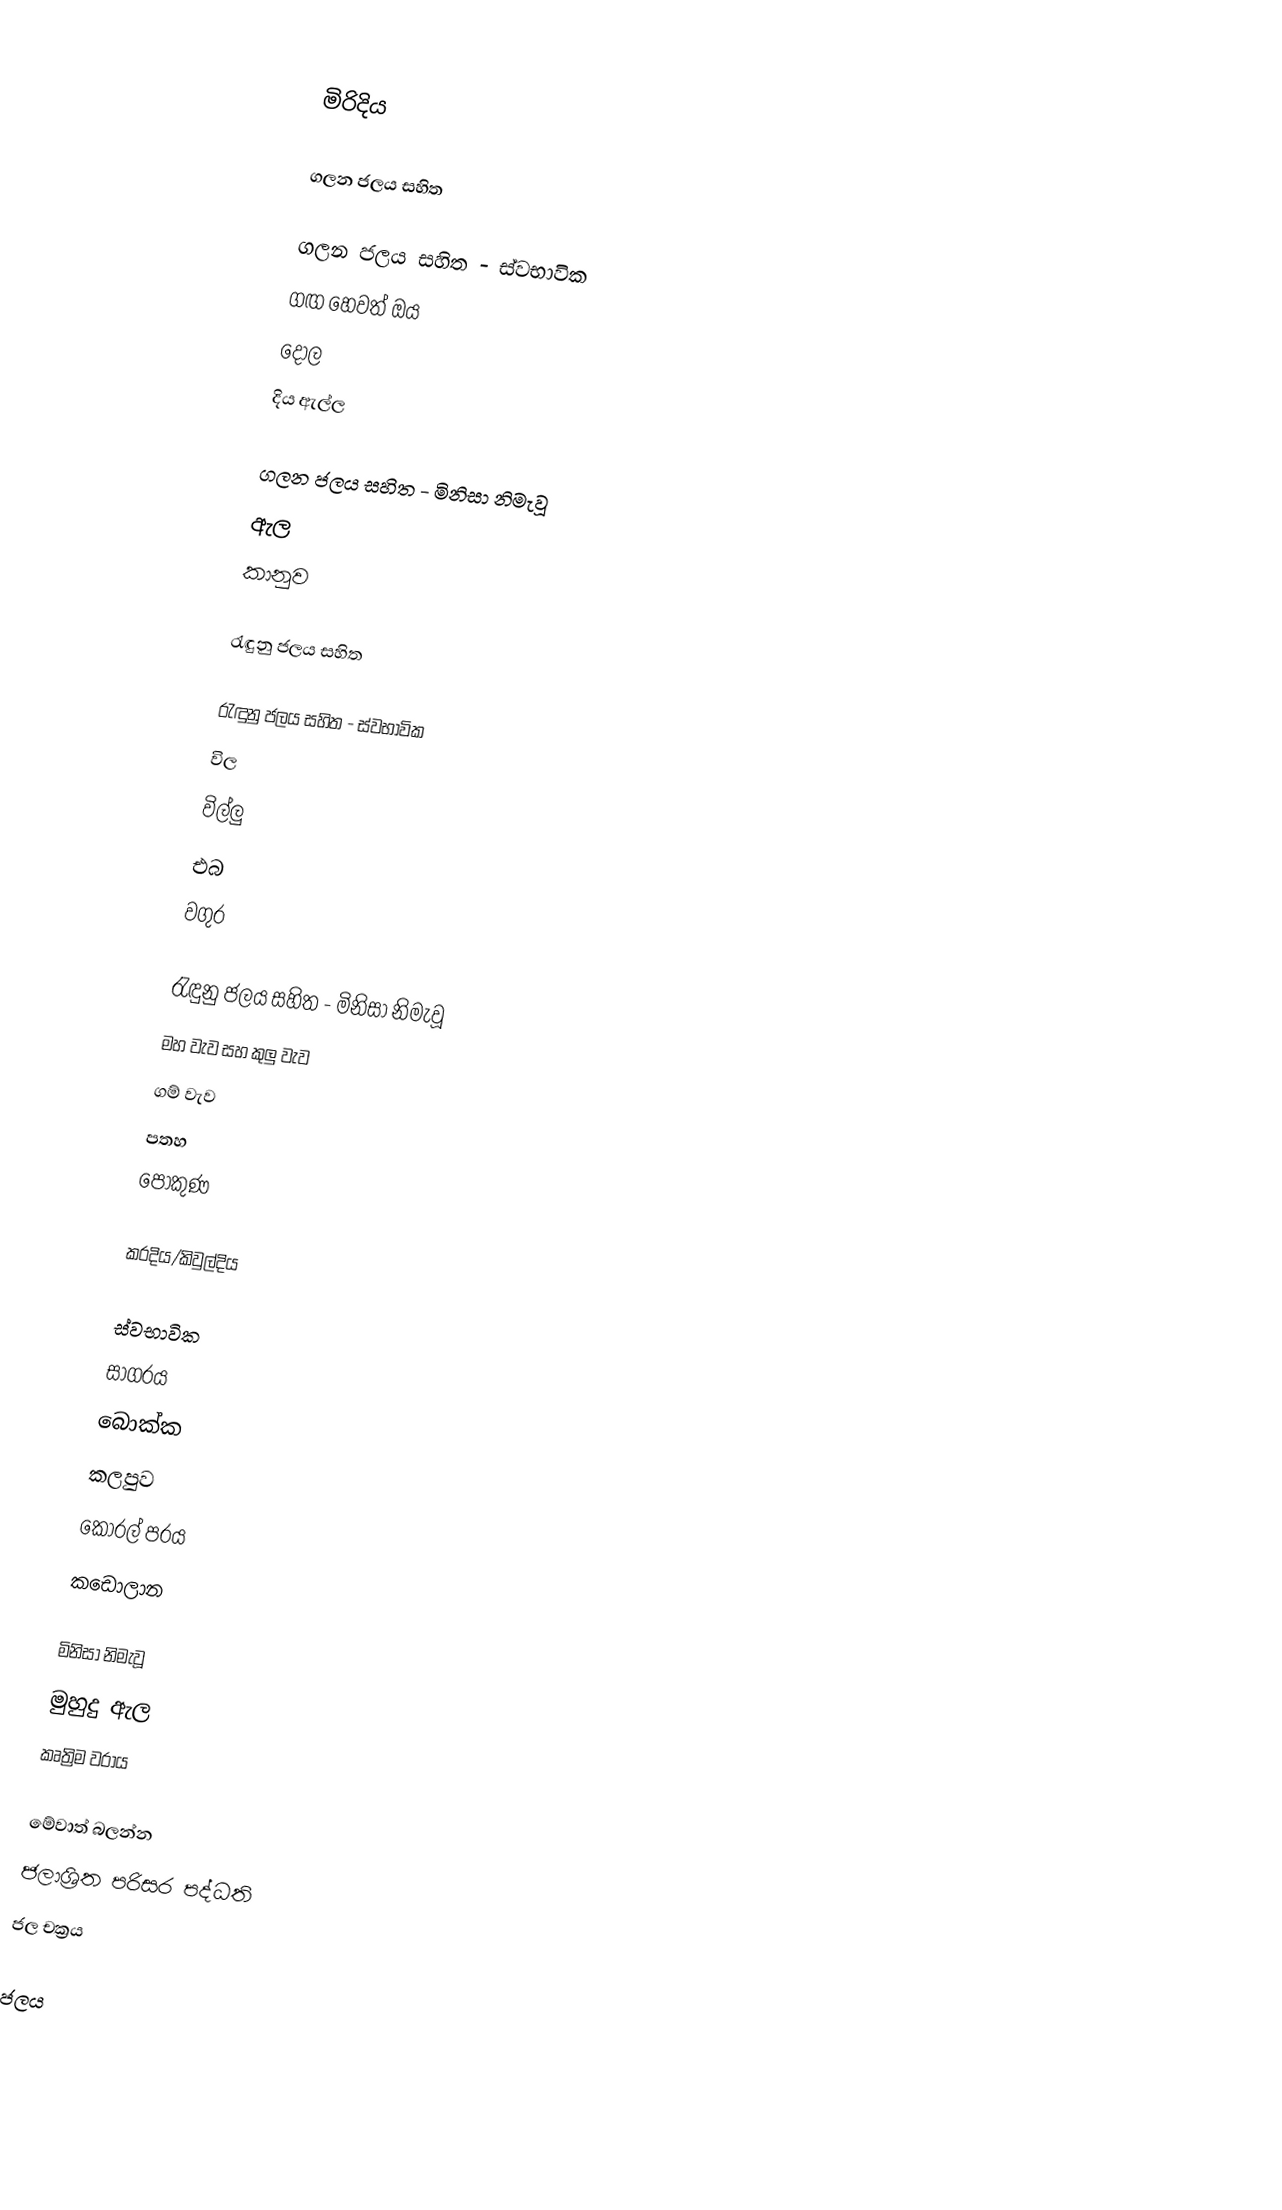

මිරිදිය

ගලන ජලය සහිත

ගලන ජලය සහිත - ස්වභාවික
 ගඟ හෙවත් ඔය
 දොල
 දිය ඇල්ල

ගලන ජලය සහිත - මිනිසා නිමැවූ
 ඇල
 කානුව

රැඳුනු ජලය සහිත

රැඳුනු ජලය සහිත - ස්වභාවික
 විල
 විල්ලු
 එබ
 වගුර

රැඳුනු ජලය සහිත - මිනිසා නිමැවූ
 මහ වැව සහ කුලු වැව
 ගම් වැව
 පතහ
 පොකුණ

කරදිය/කිවුල්දිය

ස්වභාවික
 සාගරය
 බොක්ක
 කලපුව
 කොරල් පරය
 කඩොලාන

මිනිසා නිමැවූ
 මුහුදු ඇල
 කෘත්‍රිම වරාය

මේවාත් බලන්න
 ජලාශ්‍රිත පරිසර පද්ධති
 ජල චක්‍රය

ජලය